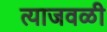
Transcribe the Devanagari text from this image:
त्याजवळी